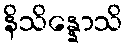
နိသိန္နောသိ